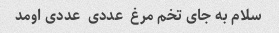
سلام به جای تخم مرغ  عددی  عددی اومد